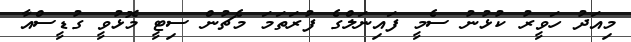
މިއަދު ހަވީރު ކުޅުނު ސެމީ ފައިނަލްގެ ފުރަތަމަ މެޗުން ސިޓީ މޮޅުވީ ގުޑީސްއާ